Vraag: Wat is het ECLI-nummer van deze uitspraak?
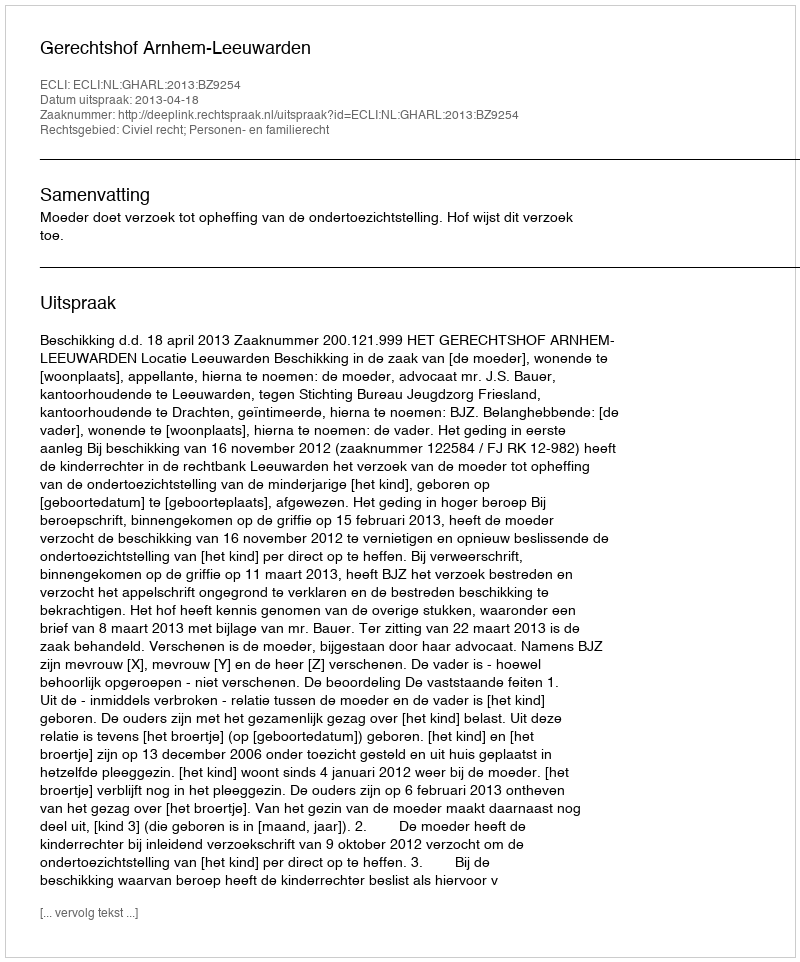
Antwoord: ECLI:NL:GHARL:2013:BZ9254